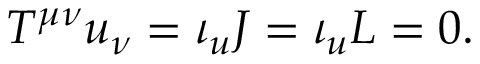
{ \cal T } ^ { \mu \nu } u _ { \nu } = \iota _ { u } { \cal J } = \iota _ { u } { \cal L } = 0 .